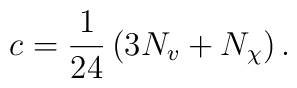
c=\frac{1}{24}\left( 3N_{v}+N_{\chi }\right) .